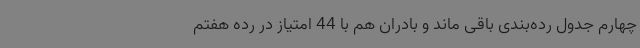
چهارم جدول رده‌بندی باقی ماند و بادران هم با 44 امتیاز در رده هفتم